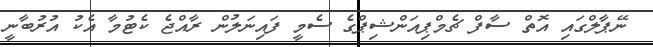
ނޭޕާލްގައި އޮތް ސާފް ޗެމްޕިއަންޝިޕްގެ ސެމީ ފައިނަލުން ރާއްޖެ ކެޓުމާ އެކު އުރުބާނީ